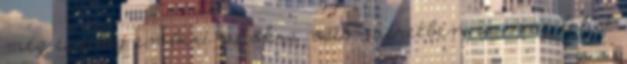
még esetleg emberi autókra való méretben is meg lehet